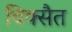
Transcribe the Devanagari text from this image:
विक्सैत